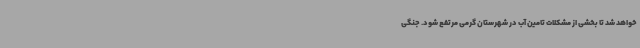
خواهد شد تا بخشی از مشکلات تامین آب در شهرستان گرمی مرتفع شود. جنگی